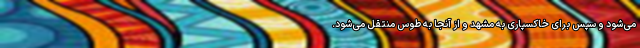
می‌شود و سپس برای خاکسپاری به مشهد و از آنجا به طوس منتقل می‌شود.